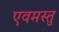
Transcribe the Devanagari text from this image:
एवमस्तु